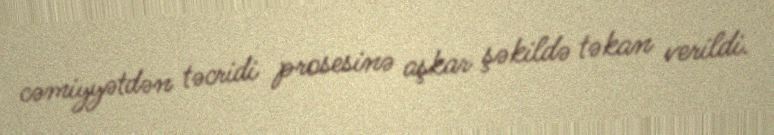
cəmiyyətdən təcridi prosesinə aşkar şəkildə təkan verildi.